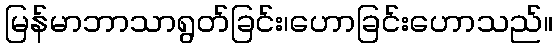
မြန်မာဘာသာရွတ်ခြင်း၊ဟောခြင်းဟောသည်။